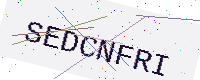
Text: SEDCNFRI